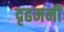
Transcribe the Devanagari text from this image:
दृढमनीं